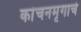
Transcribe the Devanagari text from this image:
कांचनमृगाचे